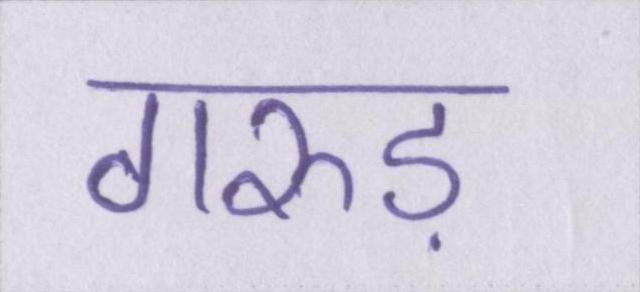
गरुड़